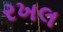
રખલ